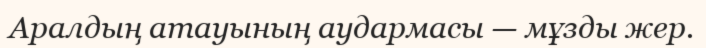
Аралдың атауының аудармасы — мұзды жер.